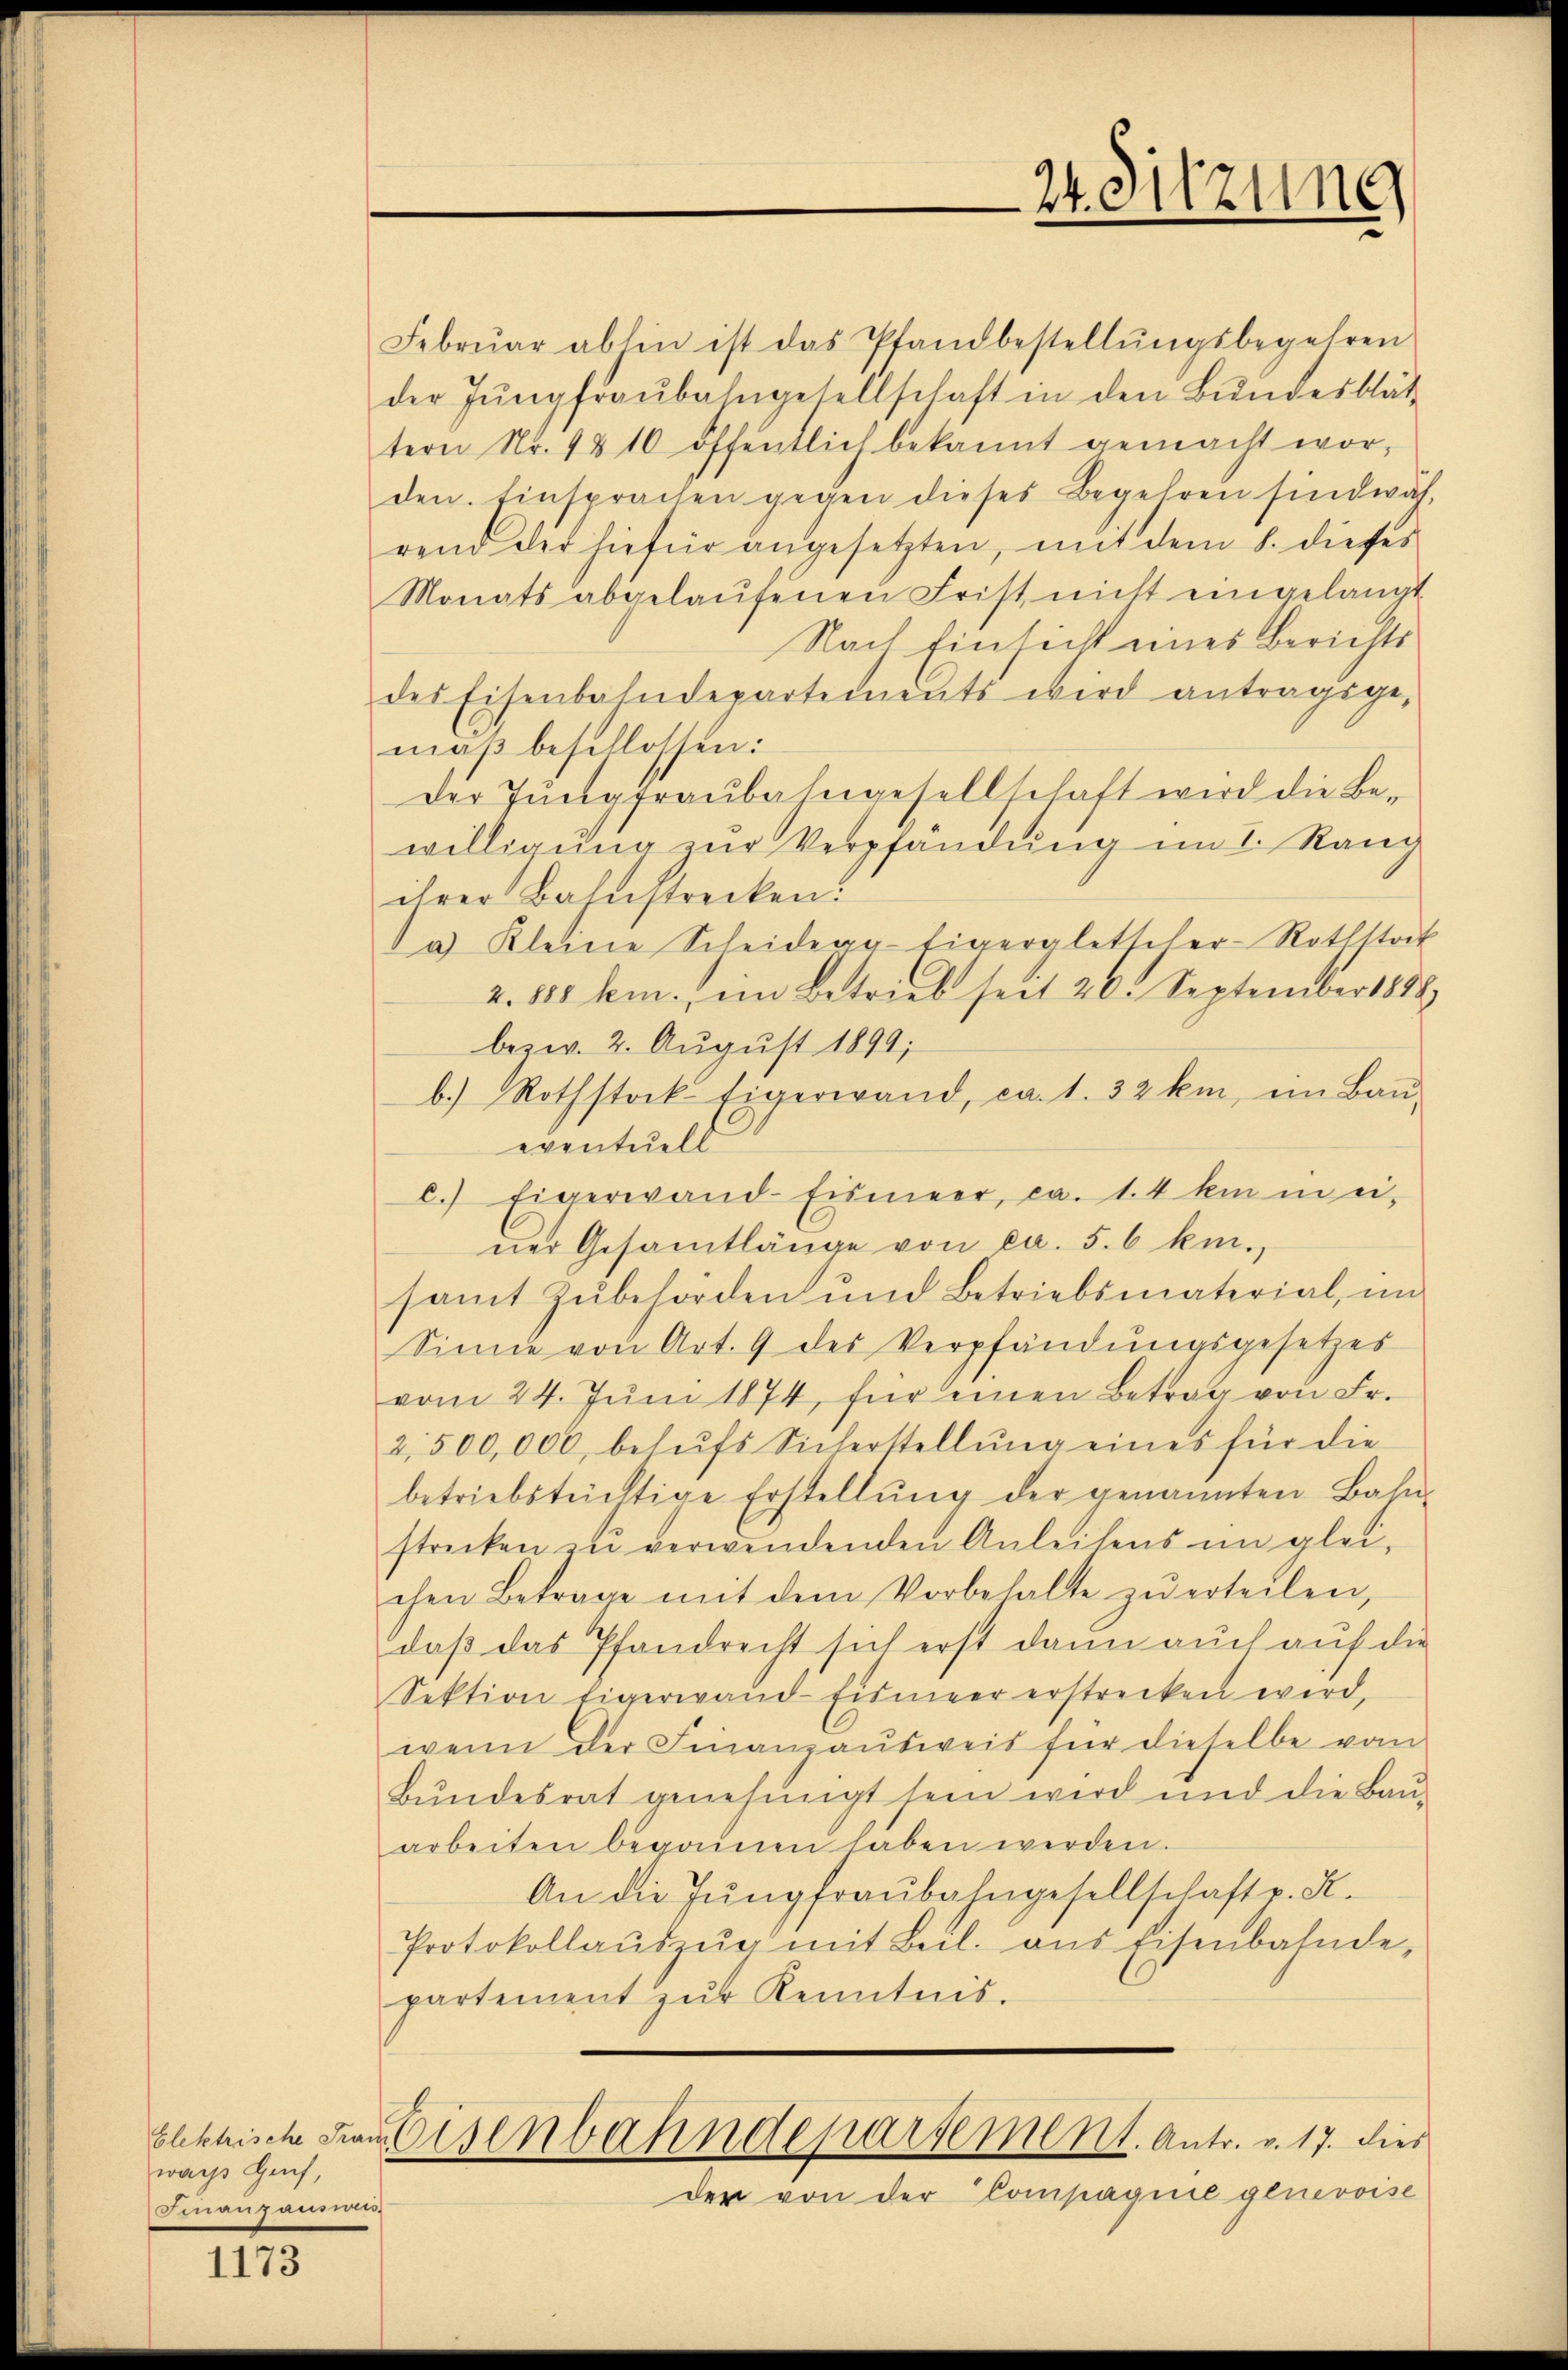
wache Genf,
Finanzanstre

1173

Febrŭar abhin ist das Pfandbestellŭngsbegehren
der Jŭngfraŭbahngesellschaft in den Bŭndesblät
tern Nr. 1810 öffentlich bekannt gemacht wor-
den. Einsprachen gegen dieses Begehren sind wäh-
rend der hiefür angesetzten, mit dem 8. dieses
Monats abgelaŭfenen Frist nicht eingelangt
Nach Einsicht eines Berichts
des Eisenbahndepartements wird antragsge-
mäß beschlossen:
Der Jungfraubahngesellschaft wird die Bewilligŭng zŭr Verpfändung im I. Rang
ihrer Bahnstrecken.
a Kleine Scheidegg-Eigergletteler-Rothstock
2. 881 hm. ein Betrieb seit 20. September 1888
bezw. 2. August 1899;
b. Rothstock tigerwand, ca. 1. 32 km, ein Baŭ-
eventuell
c.) Eigerwand-Eismeer, ca. 14 kam ei-
ner Gesamtlänge von ca. 5.6 km.,
samt Zubehörden und Betriebsmaterial, in
Sinne von Art. 9 des Verpfändŭngsgesetzes
vom 24. Jŭni 1874, für einen Betrag von Fr.
2,500,000, behŭfs Sicherstellŭng eines für die
betriebstüchtige Erstellŭng der genannten Bahn-
strecken zŭ verwendenden Anleihens im glei-
chen Betrage mit dem Vorbehalte zŭ erteilen,
daβ das Pfandrecht sich erst dann auch aŭf die
Sektion eigerwand-Eismeer erstrecken wird,
wenn der Finanzaŭsweis für dieselbe vom
Bŭndesrat genehmigt sein wird und die Baŭ-
arbeiten begonnen haben werden.
An die Jŭngfraŭbahngesellschaft p. K.
Protokollaŭszŭer mit Beil. aus Eisenbahnde,
partement zŭr Kenntnis.
Elkchische Frantisenbahndepartement. Antr. v. 17. dies
der von der Compagnie genevoise

24. Sitzung